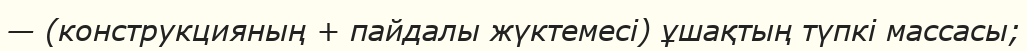
— (конструкцияның + пайдалы жүктемесi) ұшақтың түпкi массасы;